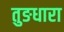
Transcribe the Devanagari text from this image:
तुङधारा